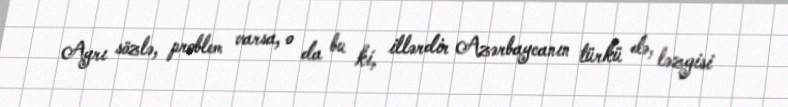
Ayrı sözlə, problem varsa, o da bu ki, illərdir Azərbaycanın türkü də, ləzgisi